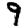
Digit: 9